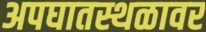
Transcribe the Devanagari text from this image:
अपघातस्थळावर